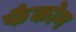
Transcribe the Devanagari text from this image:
फैकोम